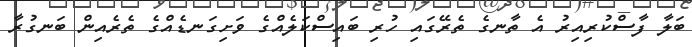
ބަލާ ފާސްކުރިއިރު އެ ތާނގެ ތެރޭގައި ހުރި ބައިސްކަލެއްގެ ވަށިގަނޑެއްގެ ތެރެއިން ބަނގުރާ